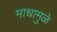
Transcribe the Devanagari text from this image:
माधामुळे